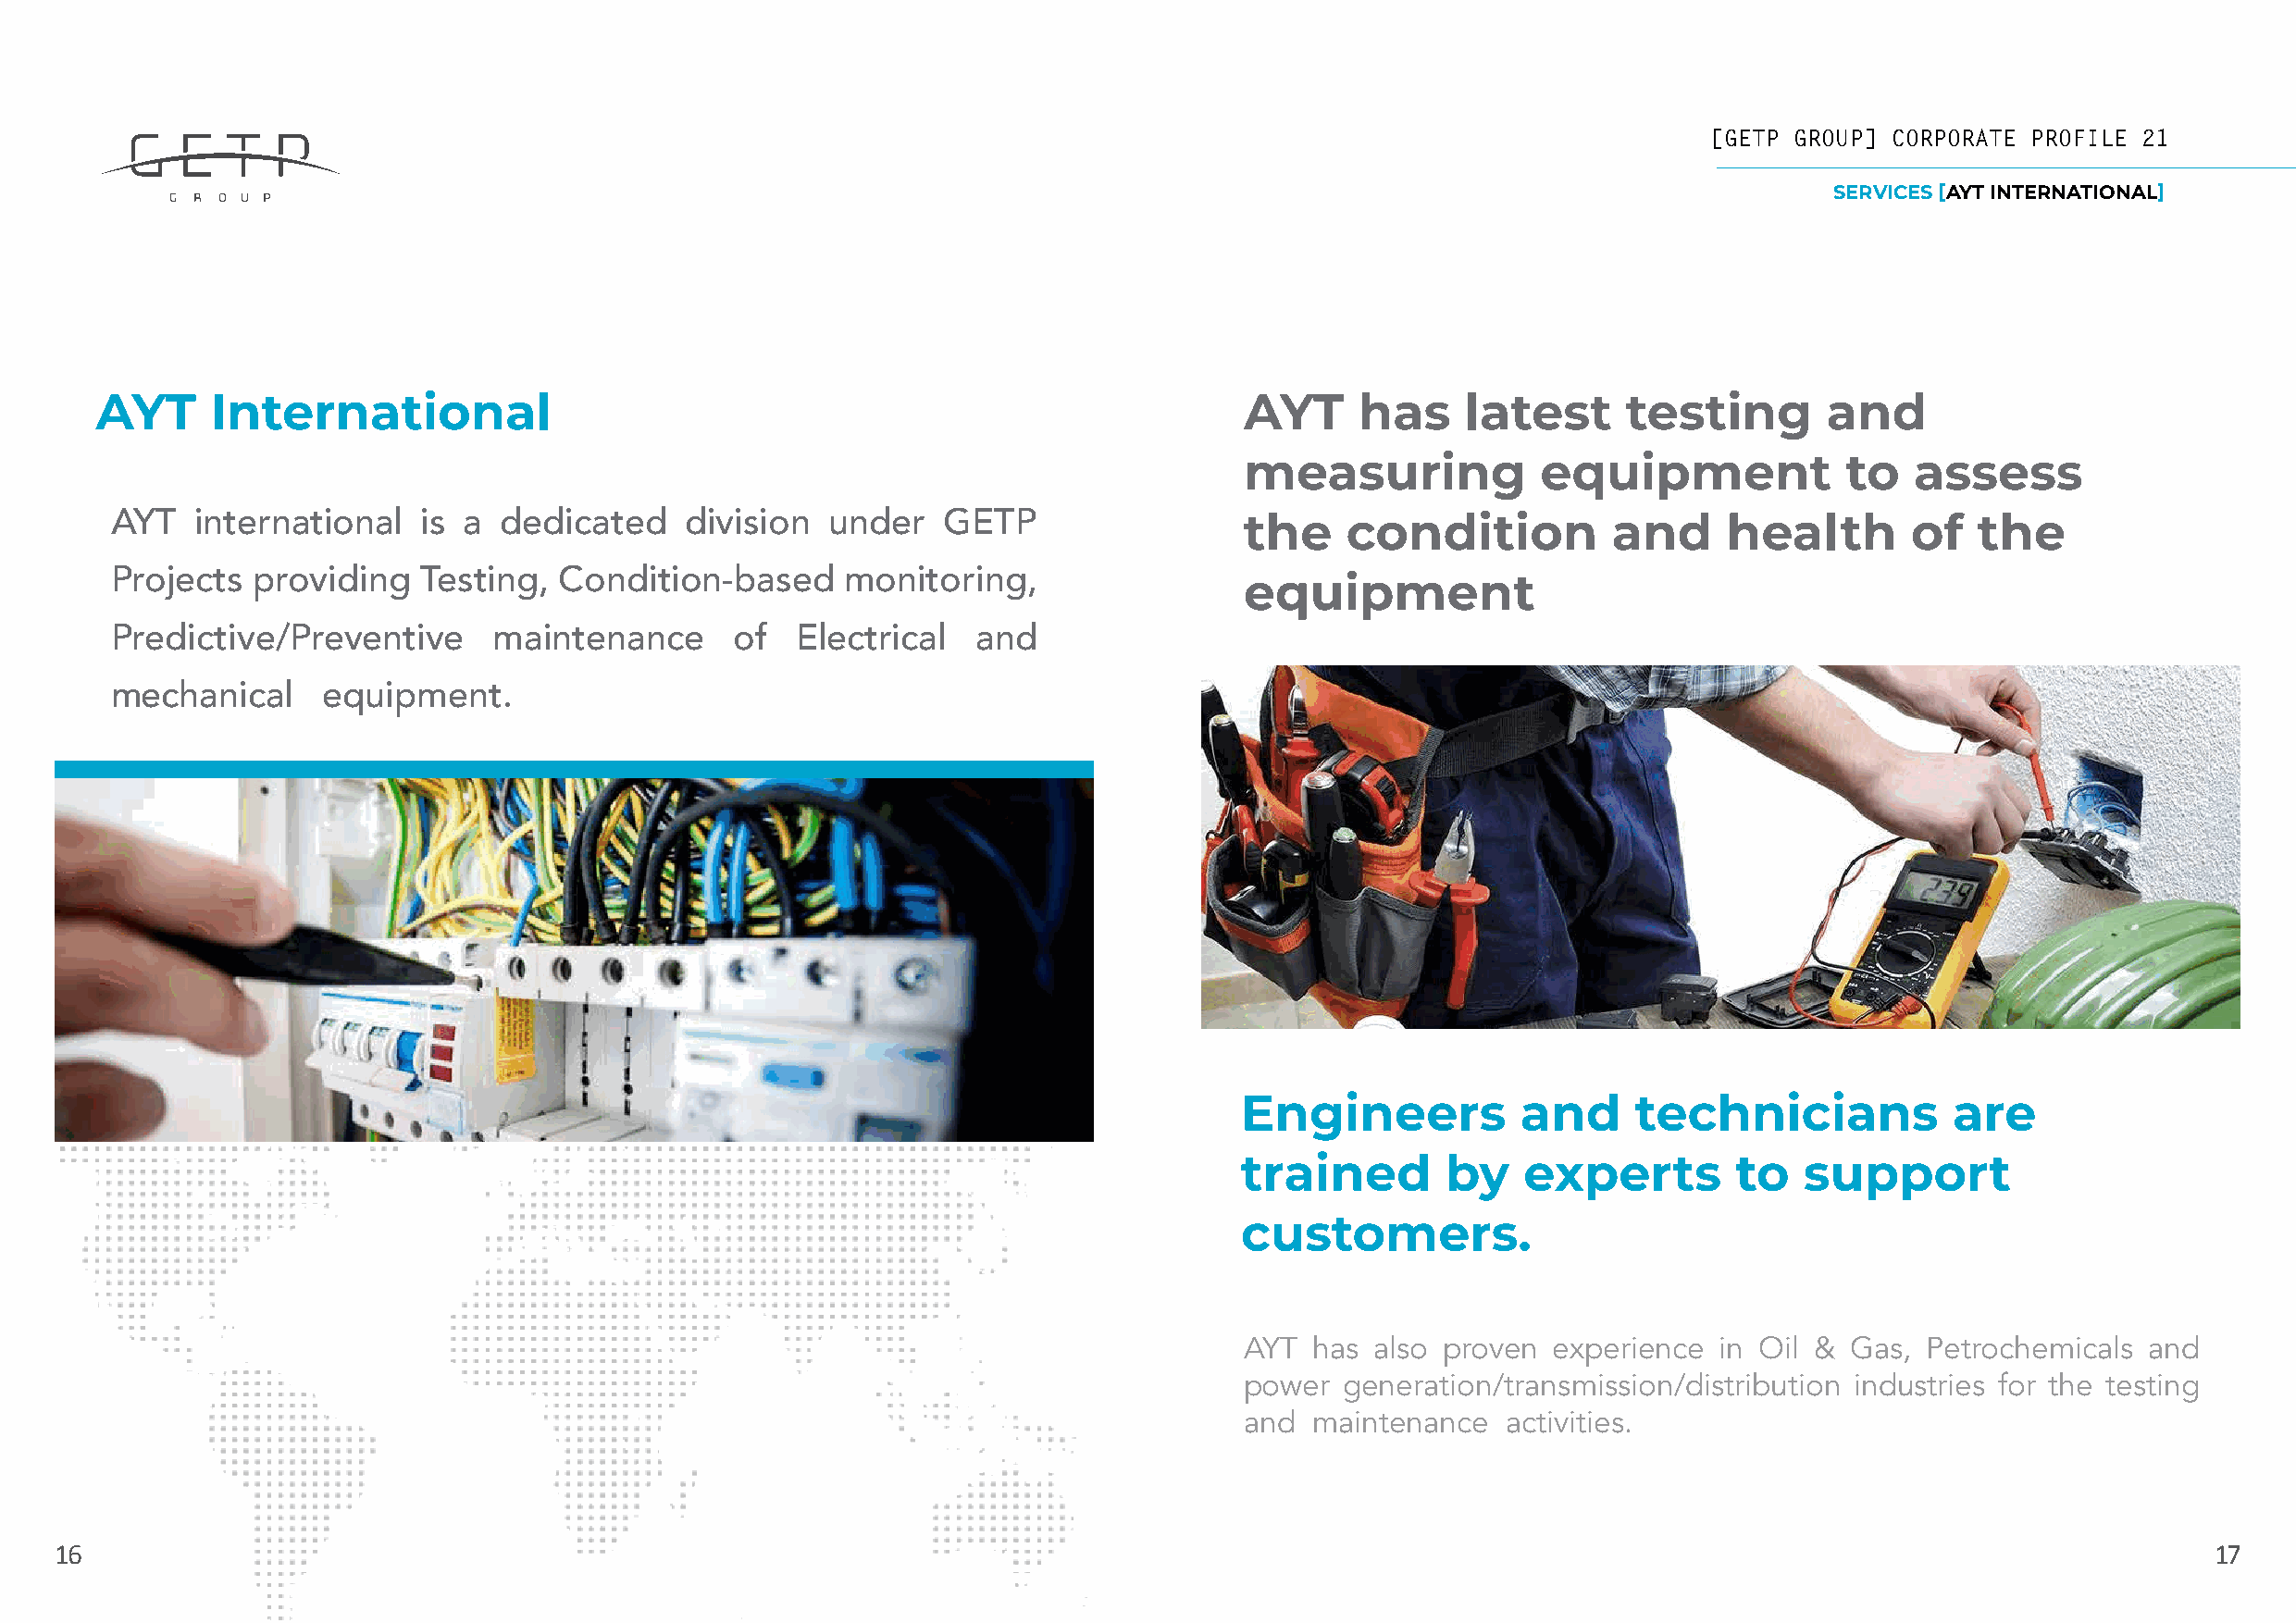
[[GGEETTPP GGRROOUUPP]] CCOORRPPOORRAATTEE PPRROOFFIILLEE 2211
 SERVICES [AYT INTERNATIONAL]
 AYT     International                                                             AYT     has     latest     testing        and
 measuring            equipment             to   assess
 AYT   international   is a  dedicated    division  under   GETP                  the    condition          and     health        of  the
 Projects  providing   Testing,  Condition-based     monitoring,                  equipment
 Predictive/Preventive      maintenance      of   Electrical   and
 mechanical     equipment.
 Engineers           and     technicians            are
 trained       by    experts        to   support
 customers.
 AYT  has also proven  experience  in Oil & Gas,  Petrochemicals  and
 power  generation/transmission/distribution industries for the testing
 and  maintenance   activities.
 16                                                                                                                                                        17